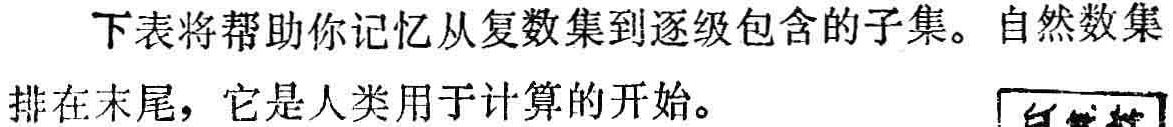
下表将帮助你记忆从复数集到逐级包含的子集。自然数集排在末尾，它是人类用于计算的开始。